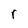
Character: r